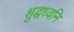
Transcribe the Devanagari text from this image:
शुद्धध्वनि